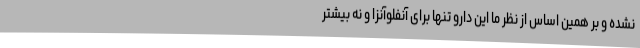
نشده و بر همین اساس از نظر ما این دارو تنها برای آنفلوآنزا و نه بیشتر